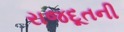
રાજદૂતની